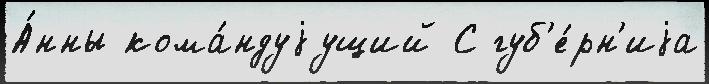
А́нны кома́ндуjущий С губ'е́рн'иjа